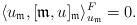
LaTeX: \begin{align*}\langle u_\mathfrak{m},[\mathfrak{m},u]_\mathfrak{m}\rangle^F_{u_\mathfrak{m}}=0.\end{align*}